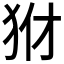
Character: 𤝦